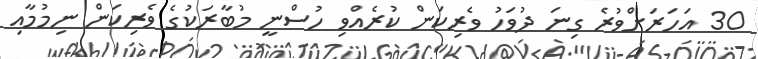
30 އަހަރަށްވުރެ ގިނަ ދުވަހު ވެރިކަން ކުރެއްވި ހުސްނީ މުބާރަކުގެ ވެރިކަން ނިމުމާއި